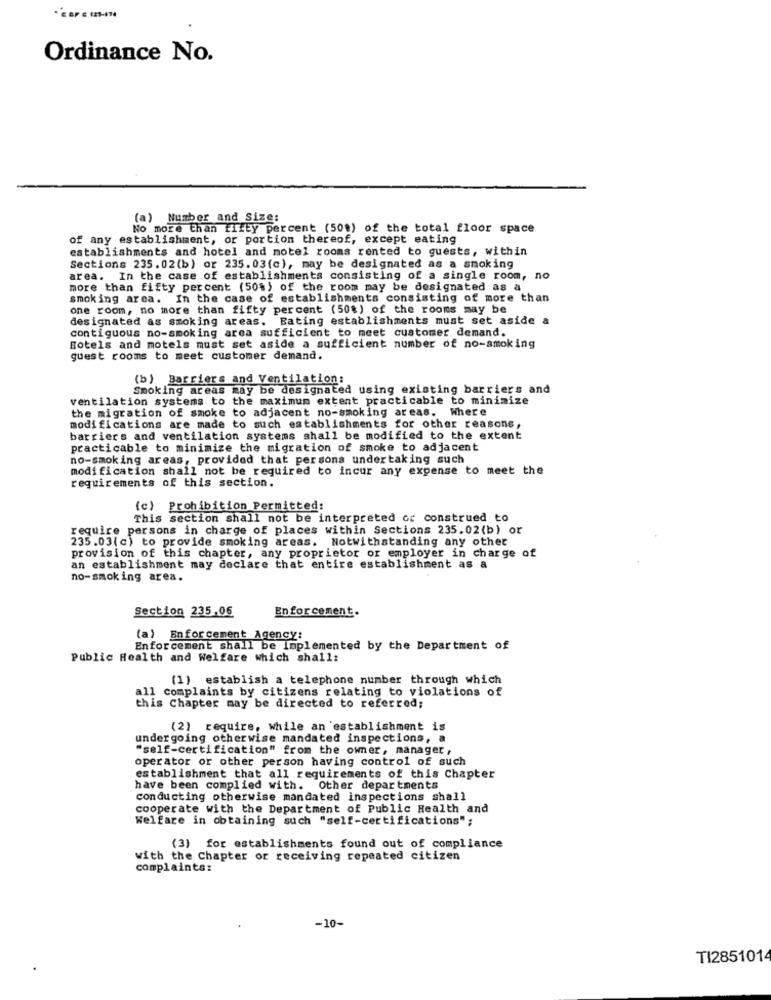
Ordinance No.
(a) Number and Size:
No more than fifty percent (50%) of the total floor space
of any establishment, or portion thereof, except eating
establishments and hotel and motel rooms rented to guests, within
Sections 235.02(b) or 235. 03(c), may be designated as a smoking
area. In the case of establishments consisting of a single room, no
more than fifty percent (50%) of the room may be designated as a
smoking area. In the case of establishments consisting of more than
one room, no more than fifty percent (50%) of the rooms may be
designated as smoking areas. Bating establishments must set aside a
contiguous no-smoking area sufficient to meet customer demand.
Hotels and motels must set aside a sufficient number of no-smoking
guest rooms to meet customer demand.
(b) Barriers and Ventilation:
Smoking areas may be designated using existing barriers and
ventilation systems to the maximum extent practicable to minimize
the migration of smoke to adjacent no-smoking areas. Where
modifications are made to such establishments for other reasons,
barriers and ventilation systems shall be modified to the extent
practicable to minimize the migration of smoke to adjacent
no-smoking areas, provided that persona undertaking such
modification shall not be required to incur any expense to meet the
requirements of this section.
(c) Prohibition Permitted:
This section shall not be interpreted or construed to
require persons in charge of places within Sections 235.02(b) or
235.03(c) to provide smoking areas. Notwithstanding any other
provision of this chapter, any proprietor or employer in charge of
an establishment may declare that entire establishment as a
no-smoking area.
Section 235.06
Enforcement.
(a) Enforcement Agency:
Enforcement shall be Implemented by the Department of
Public Health and Welfare which shall:
(1) establish a telephone number through which
all complaints by citizens relating to violations of
this Chapter may be directed to referred;
) require, while an establishment is
undergoing otherwise mandated inspections, a
"self-certification" from the owner, manager ,
operator or other person having control of such
establishment that all requirements of this Chapter
have been complied with. Other departments
conducting otherwise mandated inspections shall
cooperate with the Department of Public Health and
Welfare in obtaining such "self-certifications";
(3) for establishments found out of compliance
with the Chapter or receiving repeated citizen
complaints:
-10-
TI2851014